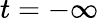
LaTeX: t=-\infty